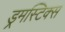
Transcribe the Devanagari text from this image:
ड्रमस्टिक्स